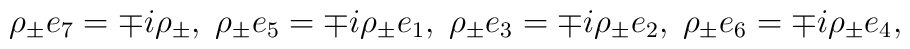
\rho_{\pm}e_{7}=\mp i\rho_{\pm}, \; \rho_{\pm}e_{5}=\mp i\rho_{\pm}e_{1}, \;\rho_{\pm}e_{3}=\mp i\rho_{\pm}e_{2}, \; \rho_{\pm}e_{6}=\mp i\rho_{\pm}e_{4},